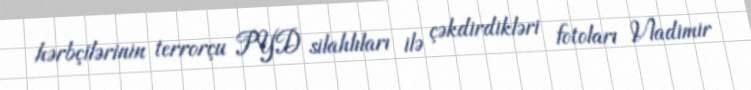
hərbçilərinin terrorçu PYD silahlıları ilə çəkdirdikləri fotoları Vladimir